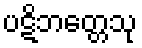
ပဋိဘတ္တေသု